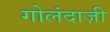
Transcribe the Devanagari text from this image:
गोलंदाज़ी